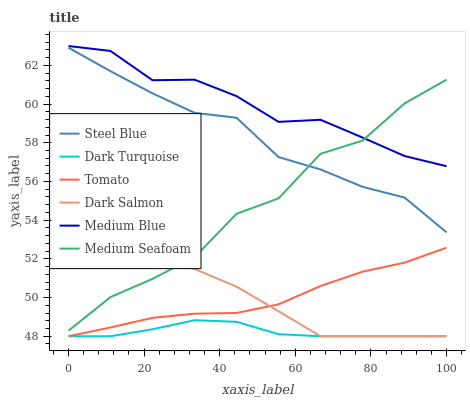
| xaxis_label | Steel Blue | Dark Turquoise | Tomato | Dark Salmon | Medium Blue | Medium Seafoam |
 | --- | --- | --- | --- | --- | --- | --- |
 | 0 | 62.9 | 48 | 48 | 52 | 63 | 48.3 |
 | 11.1 | 61.7 | 48 | 48.5 | 52.2 | 62.7 | 50 |
 | 22.2 | 60.6 | 48.4 | 49 | 52 | 61.2 | 51 |
 | 33.3 | 59.5 | 48.8 | 49.2 | 51.5 | 61.3 | 52.1 |
 | 44.4 | 59.3 | 48.7 | 49.2 | 50.6 | 60.4 | 54.3 |
 | 55.6 | 57.3 | 48.1 | 49.6 | 49.3 | 59.1 | 55.1 |
 | 66.7 | 56.6 | 48 | 50.6 | 48 | 59.2 | 57.4 |
 | 77.8 | 55.7 | 48 | 51.3 | 48 | 58.3 | 58.1 |
 | 88.9 | 55.2 | 48 | 51.8 | 48 | 57.3 | 60 |
 | 100 | 53.4 | 48 | 52.6 | 48 | 56.8 | 61.3 |